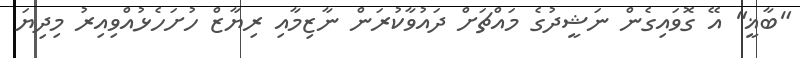
"ބާޣީ" އޭ ގޮވައިގެން ނަޝީދުގެ މައްޗަށް ދައުވާކުރަން ނާޒިމާއި ރިޔާޒް ހުށަހެޅުއްވިއިރު މިދިޔަ